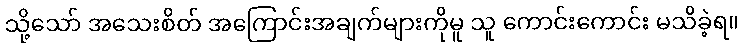
သို့သော် အသေးစိတ် အကြောင်းအချက်များကိုမူ သူ ကောင်းကောင်း မသိခဲ့ရ။